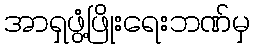
အာရှဖွံ့ဖြိုးရေးဘဏ်မှ